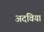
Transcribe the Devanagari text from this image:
अदविया